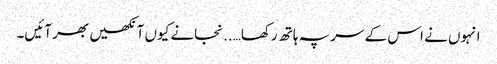
انہوں نے اس کے سر پہ ہاتھ رکھا…..نجانے کیوں آنکھیں بھر آئیں۔